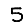
Digit: 5